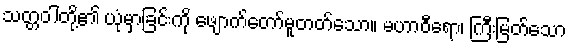
သတ္တဝါတို့၏ ယုံမှာခြင်းကို ဖျောက်တော်မူတတ်သော။ မဟာဝီရော၊ ကြီးမြတ်သော